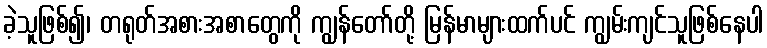
ခဲ့သူဖြစ်၍၊ တရုတ်အစားအစာတွေကို ကျွန်တော်တို့ မြန်မာများထက်ပင် ကျွမ်းကျင်သူဖြစ်နေပါ